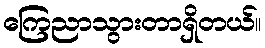
ကြေညာသွားတာရှိတယ်။